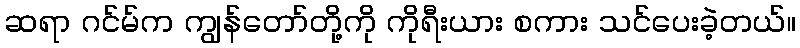
ဆရာ ဂင်မ်က ကျွန်တော်တို့ကို ကိုရီးယား စကား သင်ပေးခဲ့တယ်။